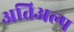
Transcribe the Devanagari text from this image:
अतिअल्प